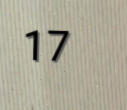
17